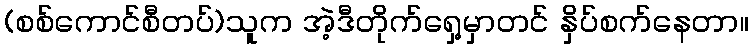
(စစ်ကောင်စီတပ်)သူက အဲ့ဒီတိုက်ရှေ့မှာတင် နှိပ်စက်နေတာ။